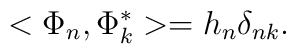
<\Phi_{n},\Phi_{k}^{*}>=h_{n}\delta_{nk}.